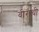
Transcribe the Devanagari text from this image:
वीराची